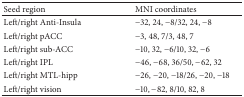
<table><thead><tr><td><b>Seed region</b></td><td><b>MNI coordinates</b></td></tr></thead><tbody><tr><td>Left/right Anti-Insula</td><td>−32, 24, −8/32, 24, −8</td></tr><tr><td>Left/right pACC</td><td>−3, 48, 7/3, 48, 7</td></tr><tr><td>Left/right sub-ACC</td><td>−10, 32, −6/10, 32, −6</td></tr><tr><td>Left/right IPL</td><td>−46, −68, 36/50, −62, 32</td></tr><tr><td>Left/right MTL-hipp</td><td>−26, −20, −18/26, −20, −18</td></tr><tr><td>Left/right vision </td><td>−10, −82, 8/10, 82, 8</td></tr></tbody></table>